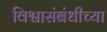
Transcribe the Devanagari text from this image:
विश्वासंबंधीच्या